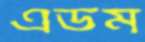
এডম